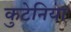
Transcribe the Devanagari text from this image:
कुटेनिया